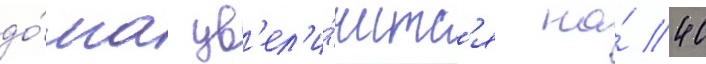
до́лга ув'ел'и́читс'я на́ 40